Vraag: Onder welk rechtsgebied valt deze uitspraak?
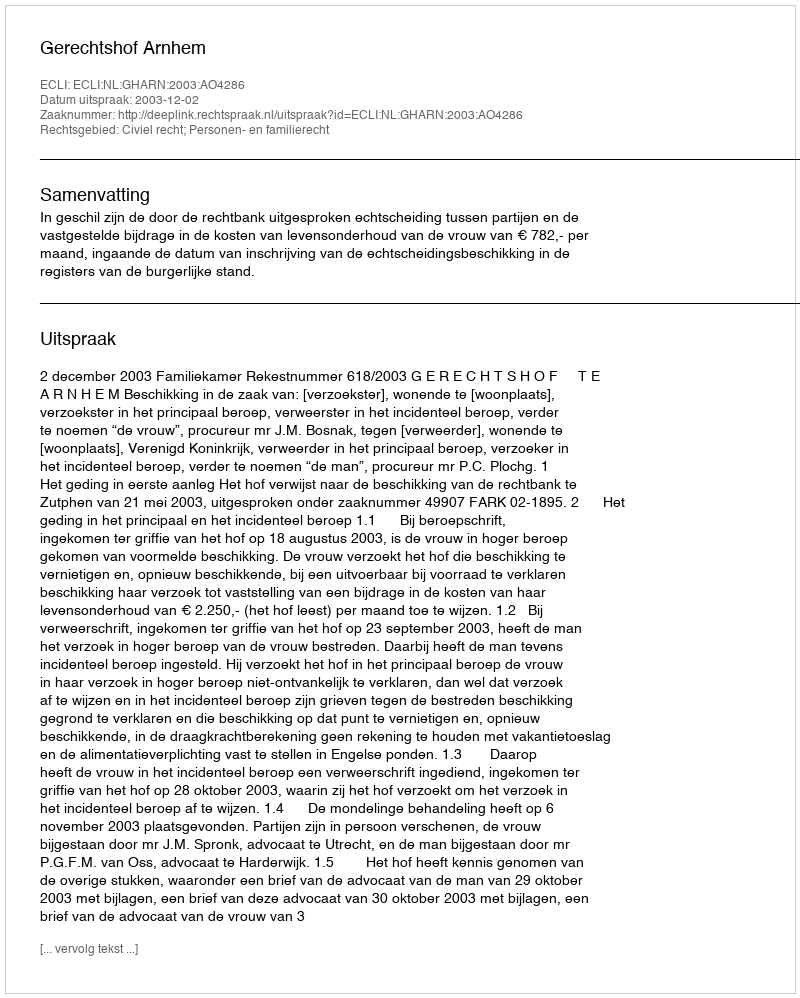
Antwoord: Civiel recht; Personen- en familierecht